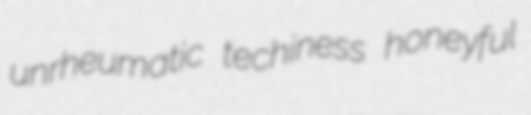
unrheumatic techiness honeyful